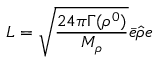
L = \sqrt { \frac { 2 4 \pi \Gamma ( \rho ^ { 0 } ) } { M _ { \rho } } } \bar { e } \hat { \rho } e